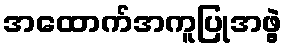
အထောက်အကူပြုအဖွဲ့